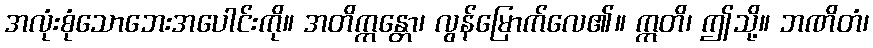
အလုံးစုံသောဘေးအပေါင်းကို။ အတိက္ကန္တော၊ လွန်မြောက်လေ၏။ ဣတိ၊ ဤသို့။ ဘဏိတံ၊